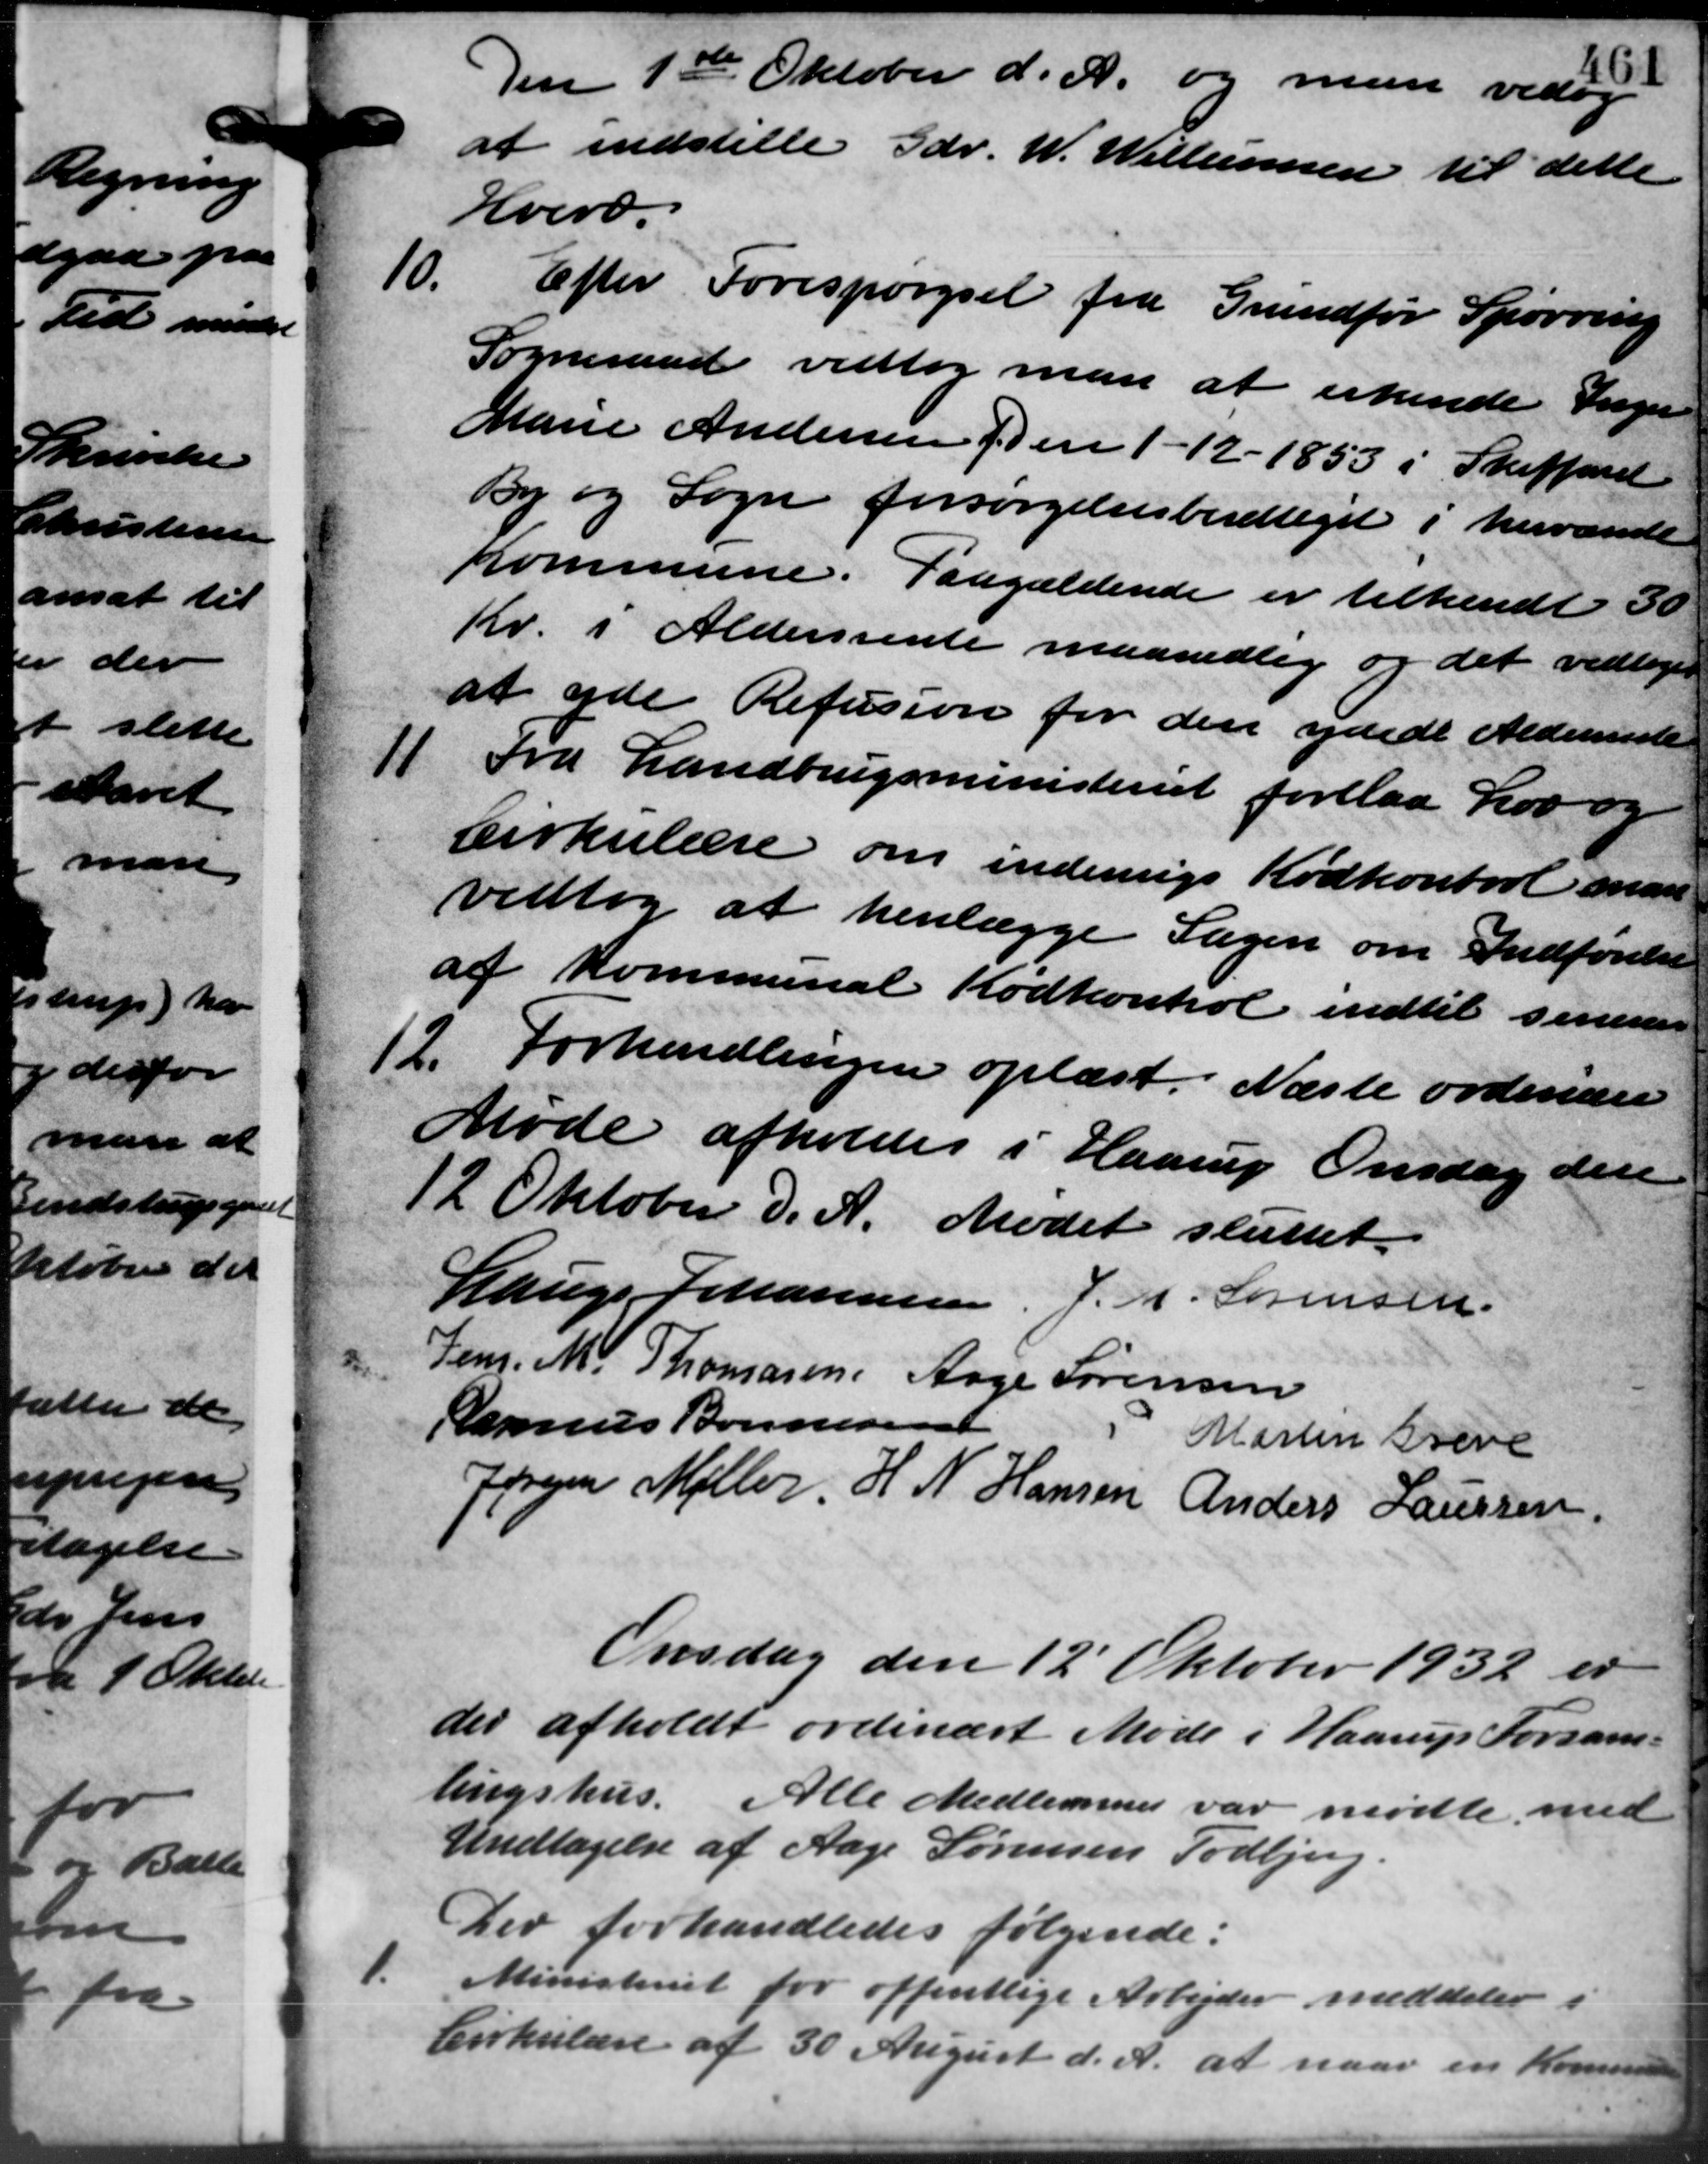
Transskription:
Den 1ste Oktober d. A. og man vedtg
at indstille Gdr. W. Willumsen til dette
Hverv.
10.
Efter Forespørgsel fra Grundfør Spørring
Sogneraad vedtog man at erkende Inger
Marie Andersen den 1 – 12 – 1853 i Skiffandt
by og Sogn forsørgelsesberettiget i hervande
Kommune. Paagældende er tilkendt 30
Kr. i Aldersrente maanedlig og det vedtoges
at yde Refusion for den ydede Aldersrente
11
Fra Landbrugsministeriet forelaa Lov og
Cirkulære om indenrigs Kødkontrol man
vedtog at henlægge Sagen om Indførelse
af Kommunal Kødkontrol indtil seneren
12.
Forhandlingen oplæst. Næste ordinære
Møde afholdes i Haarup Onsdag den
12 Oktober d. A. Mødet sluttet.
Lauge Johannesen,
J. M. Sørensen.
Jem. M. Thomasen
Aage Sørensen
Romus Bonnesen
Martin Greve
Jørgen Møller
H. N. Hansen
Anders Laursen
Onsdag den 12´Oktober 1932 er
der afholdt ordinært Møde i Haarup Forsam –
lingshus. Alle Medlemmer var mødte med
Undtagelse af Aage Sørensen Todbjerg.
Der forhandledes følgende:
1.
Ministeriet for offentlige Arbejder meddeler i
Cirkulære af 30 August d. A. at naar en Kommun